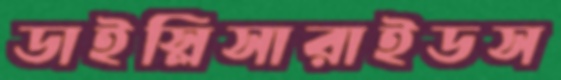
ডাইস্লিসারাইডস